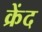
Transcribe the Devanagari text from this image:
क्रेंद